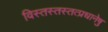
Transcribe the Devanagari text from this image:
विस्तस्तस्तत्प्रधानेषु